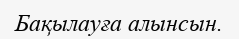
Бақылауға алынсын.